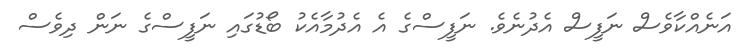
އަނެއްކާވެސް ނަފީސް އެދުނެވެ. ނަފީސްގެ އެ އެދުމާއެކު ބޯޑުގައި ނަފީސްގެ ނަން ދިވެސް